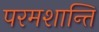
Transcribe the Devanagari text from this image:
परमशान्ति